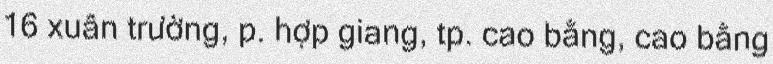
16 xuân trường, p. hợp giang, tp. cao bằng, cao bằng